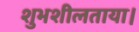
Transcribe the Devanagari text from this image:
शुभशीलताया।